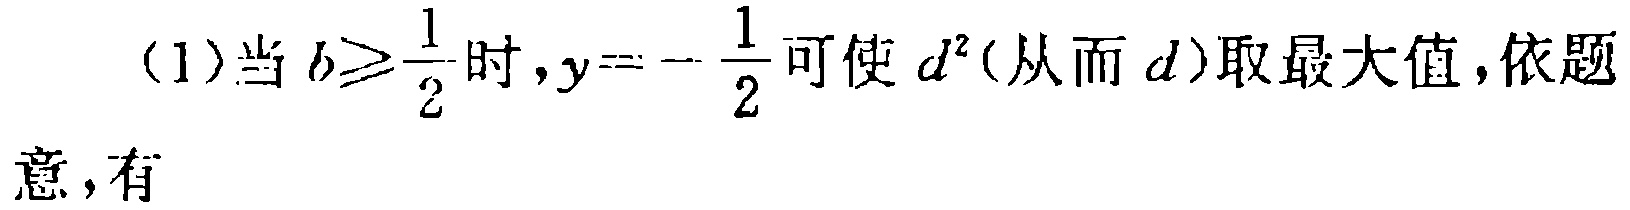
(1)当 \(b\geqslant\frac{1}{2}\) 时，\(y = -\frac{1}{2}\) 可使 \(d^{2}\)(从而 \(d\))取最大值，依题意，有